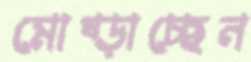
মোষ্‌ড়াচ্ছেন